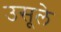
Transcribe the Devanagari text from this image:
उसूले